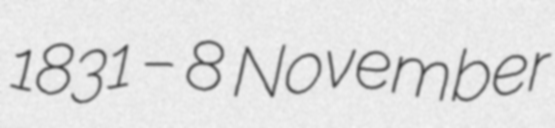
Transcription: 1831 – 8 November